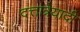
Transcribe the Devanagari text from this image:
दत्तात्रेयादी